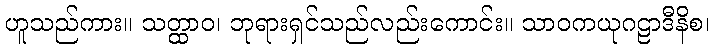
ဟူသည်ကား။ သတ္ထာဝ၊ ဘုရားရှင်သည်လည်းကောင်း။ သာဝကယုဂဠာဒီနိစ၊